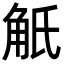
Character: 觗